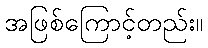
အဖြစ်ကြောင့်တည်း။